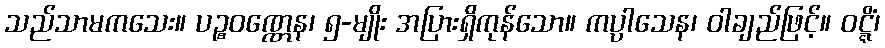
သည်သာမကသေး။ ပဉ္စဝဏ္ဏေန၊ ၅-မျိုး အပြားရှိကုန်သော။ ကပ္ပါသေန၊ ဝါချည်ဖြင့်။ ဝဋ္ဋိံ၊